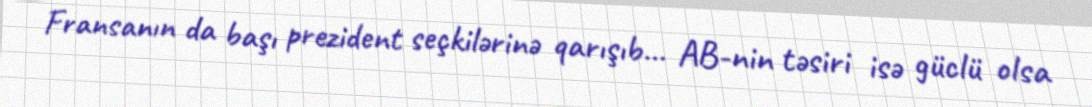
Fransanın da başı prezident seçkilərinə qarışıb… AB-nin təsiri isə güclü olsa